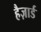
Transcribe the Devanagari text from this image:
हैज़ार्ड